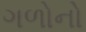
ગળોનો